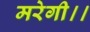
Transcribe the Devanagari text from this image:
मरेगी।।